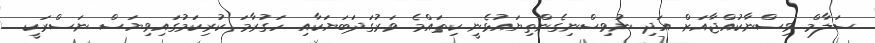
ސަލާމް ވިސްނާކުއްޖާއަށް އަދި ނުވިސްނިގެންތިޔައުޅެނީ ކިތައްމެ ވަރުގަދަބަޔަކާއި ހަގުރާމަ ކުރިކަމުގައިވިޔަސް ނަސްރަކީ